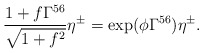
\begin{align*}\frac{1+f\Gamma^{56}}{\sqrt{1+f^2}}\eta^\pm=\exp(\phi\Gamma^{56})\eta^\pm.\end{align*}